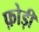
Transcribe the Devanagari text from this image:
फ़ोड़ी